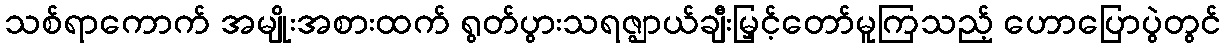
သစ်ရာကောက် အမျိုးအစားထက် ရွတ်ပွားသရဇ္ဈာယ်ချီးမြှင့်တော်မူကြသည့် ဟောပြောပွဲတွင်